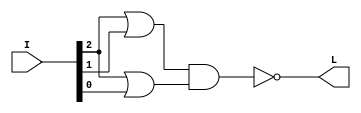
module p2(L,I);			// List all inputs and outputs, by convention outputs go first
output L;			// Specification of inputs and outputs
input [2:0]I;

or a1(a1_o,I[2],I[1]);		// Required Functionality using Structural Model
or a2(a2_o,I[2],I[0]);

nand o1(L,a1_o,a2_o);

endmodule